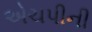
એચપીની